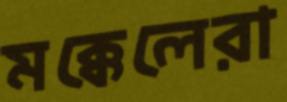
মক্কেলেরা